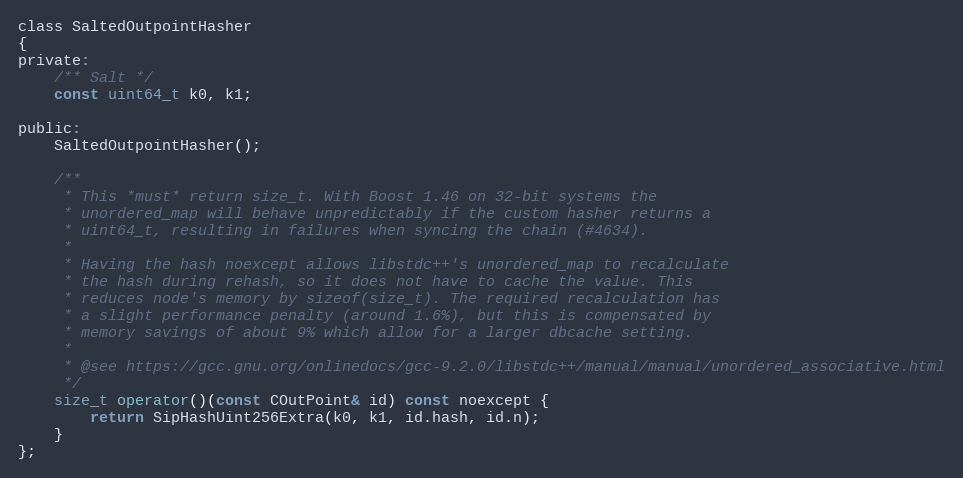
Language: C
class SaltedOutpointHasher
{
private:
    /** Salt */
    const uint64_t k0, k1;

public:
    SaltedOutpointHasher();

    /**
     * This *must* return size_t. With Boost 1.46 on 32-bit systems the
     * unordered_map will behave unpredictably if the custom hasher returns a
     * uint64_t, resulting in failures when syncing the chain (#4634).
     *
     * Having the hash noexcept allows libstdc++'s unordered_map to recalculate
     * the hash during rehash, so it does not have to cache the value. This
     * reduces node's memory by sizeof(size_t). The required recalculation has
     * a slight performance penalty (around 1.6%), but this is compensated by
     * memory savings of about 9% which allow for a larger dbcache setting.
     *
     * @see https://gcc.gnu.org/onlinedocs/gcc-9.2.0/libstdc++/manual/manual/unordered_associative.html
     */
    size_t operator()(const COutPoint& id) const noexcept {
        return SipHashUint256Extra(k0, k1, id.hash, id.n);
    }
};